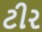
ટીર